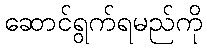
ဆောင်ရွက်ရမည်ကို